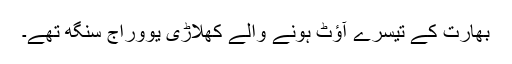
بھارت کے تیسرے آؤٹ ہونے والے کھلاڑی یووراج سنگھ تھے۔